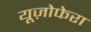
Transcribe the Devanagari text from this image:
यूज़ोफेरा